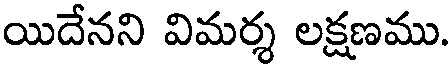
యిదేనని విమర్శ లక్షణము.